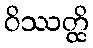
ဝိဿတ္ထိ